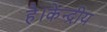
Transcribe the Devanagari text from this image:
है।केन्द्रीय